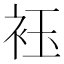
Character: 𮷀